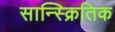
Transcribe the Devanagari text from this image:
सान्स्क्रितिक